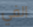
الفي